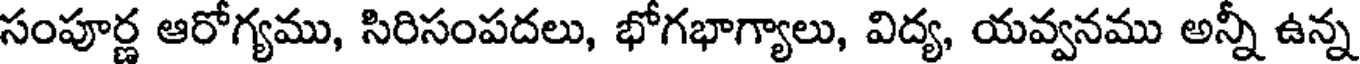
సంపూర్ణ ఆరోగ్యము, సిరిసంపదలు, భోగభాగ్యాలు, విద్య, యవ్వనము అన్నీ ఉన్న